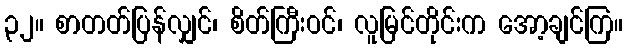
၃၂။ စာတတ်ပြန်လျှင်၊ စိတ်ကြီးဝင်၊ လူမြင်တိုင်းက အော့ချင်ကြ။